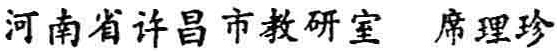
河南省许昌市教研室 席理珍